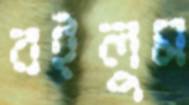
বইলুম